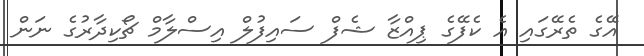
އޭގެ ތެރޭގައި އެ ކެފޭގެ ޕިއްޒާ ޝެފް ސައިފުލް އިސްލާމް ޗޯކިދާރުގެ ނަން